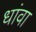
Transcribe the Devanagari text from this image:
धांवा